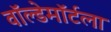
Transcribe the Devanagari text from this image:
वॉल्डेमॉर्टला